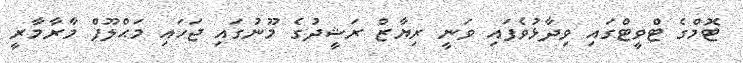
ޓޮމްގެ ޓްވީޓްގައި ވިދާޅުވެފައި ވަނީ ރިޔާޒް ރަޝީދުގެ މޫނުގައި ޖަހައި މަޙްލޫފް މާރާމާރީ